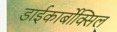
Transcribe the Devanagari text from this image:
डाईकार्बोक्सिल